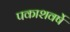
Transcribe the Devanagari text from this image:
पकाशवर्षे